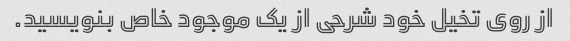
از روی تخیل خود شرحی از یک موجود خاص بنویسید.